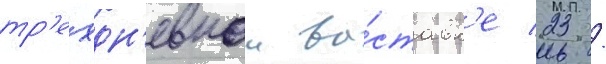
тр'ехдн'евнои вы́ставк'е 23 /